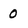
Character: 0